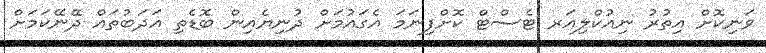
ވަނިކޮށް އިތުރު ނިއުކްލިއަރ ޓެސްޓް ކޮށްފިނަމަ އެގައުމަށް ދުނިޔެއިން ބޮޑެތި އަދަބުތައް ދޭނޭކަމަށް